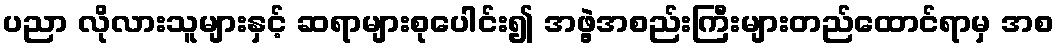
ပညာ လိုလားသူများနှင့် ဆရာများစုပေါင်း၍ အဖွဲ့အစည်းကြီးများတည်ထောင်ရာမှ အစ